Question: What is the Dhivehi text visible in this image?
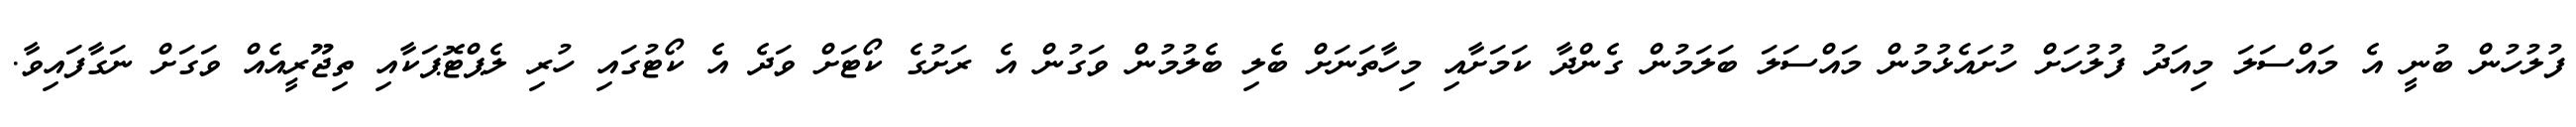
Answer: ފުލުހުން ބުނީ އެ މައްސަލަ މިއަދު ފުލުހަށް ހުށައެޅުމުން މައްސަލަ ބަލަމުން ގެންދާ ކަމަށާއި މިހާތަނަށް ބެލި ބެލުމުން ވަގުން އެ ރަށުގެ ކޯޓަށް ވަދެ އެ ކޯޓުގައި ހުރި ލެޕްޓޮޕަކާއި ތިޖޫރީއެއް ވަގަށް ނަގާފައިވާ.